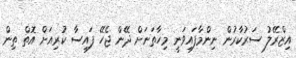
އިޒްރޭލު ސަރުކާރުން ނިންމާފައިވަނީ މިހާތަނަށް ދޭން ޖެހޭ ފައިސާ ކުރިއަށް އޮތް ތިން